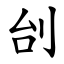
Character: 刣